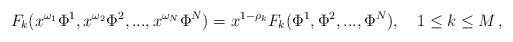
\begin{align*}F_{k}(x^{\omega_{1}}\Phi^{1},x^{\omega_{2}}\Phi^{2},...,x^{\omega_{N}}\Phi^{N})=x^{1-\rho_{k}}F_{k}(\Phi^{1},\Phi^{2},...,\Phi^{N}),\quad 1\le k \le M\,,\end{align*}